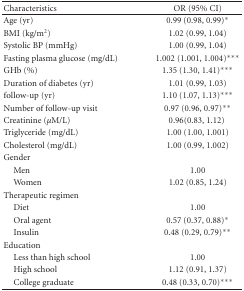
<table><thead><tr><td><b>Characteristics</b></td><td><b>OR (95% CI)</b></td></tr></thead><tbody><tr><td>Age (yr)</td><td>0.99 (0.98, 0.99)*</td></tr><tr><td>BMI (kg/m<sup>2</sup>)</td><td>1.02 (0.99, 1.04)</td></tr><tr><td>Systolic BP (mmHg)</td><td>1.00 (0.99, 1.04)</td></tr><tr><td>Fasting plasma glucose (mg/dL)</td><td>1.002 (1.001, 1.004)***</td></tr><tr><td>GHb (%)</td><td>1.35 (1.30, 1.41)***</td></tr><tr><td>Duration of diabetes (yr)</td><td>1.01 (0.99, 1.03)</td></tr><tr><td>follow-up (yr)</td><td>1.10 (1.07, 1.13)***</td></tr><tr><td>Number of follow-up visit</td><td>0.97 (0.96, 0.97)**</td></tr><tr><td>Creatinine (<i>μ</i>M/L) </td><td>0.96(0.83, 1.12) </td></tr><tr><td>Triglyceride (mg/dL)</td><td>1.00 (1.00, 1.001)</td></tr><tr><td>Cholesterol (mg/dL)</td><td>1.00 (0.99, 1.002)</td></tr><tr><td>Gender</td><td> </td></tr><tr><td> Men</td><td>1.00</td></tr><tr><td> Women</td><td>1.02 (0.85, 1.24)</td></tr><tr><td>Therapeutic regimen </td><td> </td></tr><tr><td> Diet</td><td>1.00</td></tr><tr><td> Oral agent</td><td>0.57 (0.37, 0.88)*</td></tr><tr><td> Insulin </td><td>0.48 (0.29, 0.79)**</td></tr><tr><td>Education </td><td> </td></tr><tr><td> Less than high school</td><td>1.00</td></tr><tr><td> High school</td><td>1.12 (0.91, 1.37)</td></tr><tr><td> College graduate</td><td>0.48 (0.33, 0.70)***</td></tr></tbody></table>